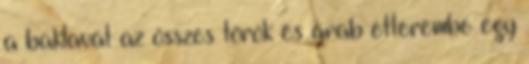
a baklavát az összes török és arab étterembe egy